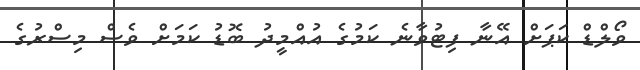
ވޯލްޑް ކަޕަށް އޭނާ ފިޓުވާނެ ކަމުގެ އުއްމީދު ބޮޑު ކަމަށް ވެސް މިސްރުގެ